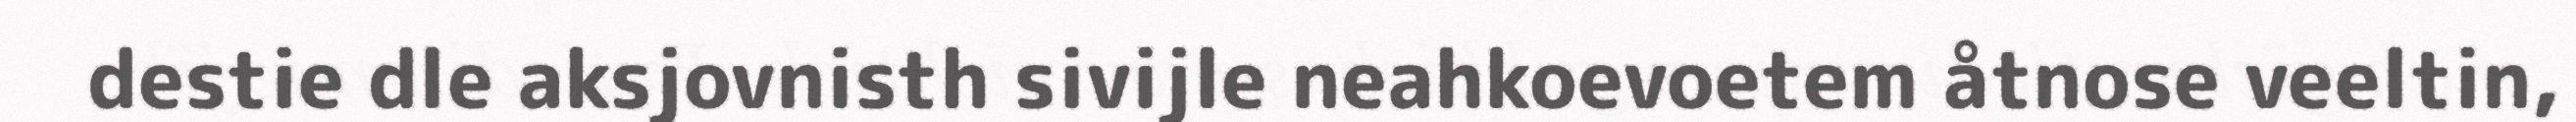
destie dle aksjovnisth sivijle neahkoevoetem åtnose veeltin,